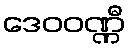
ဒေဝဝဏ္ဏီ